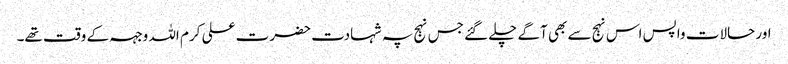
اور حالات واپس اس نہج سے بھی آگے چلے گئے جس نہج پہ شہادت حضرت علی کرم اللہ وجہہ کے وقت تھے۔